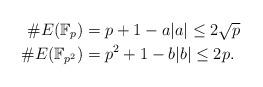
LaTeX: \begin{align*}\# E(\mathbb{F}_p) &= p + 1 - a | a | \leq 2 \sqrt{p} \\\# E(\mathbb{F}_{p^2}) &= p^2 + 1 - b |b| \leq 2p.\end{align*}